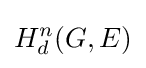
H_{d}^{n}(G,E)